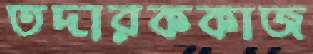
তদারককাজ